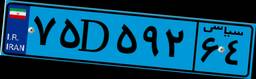
۷۵D۵۹۲۶۴